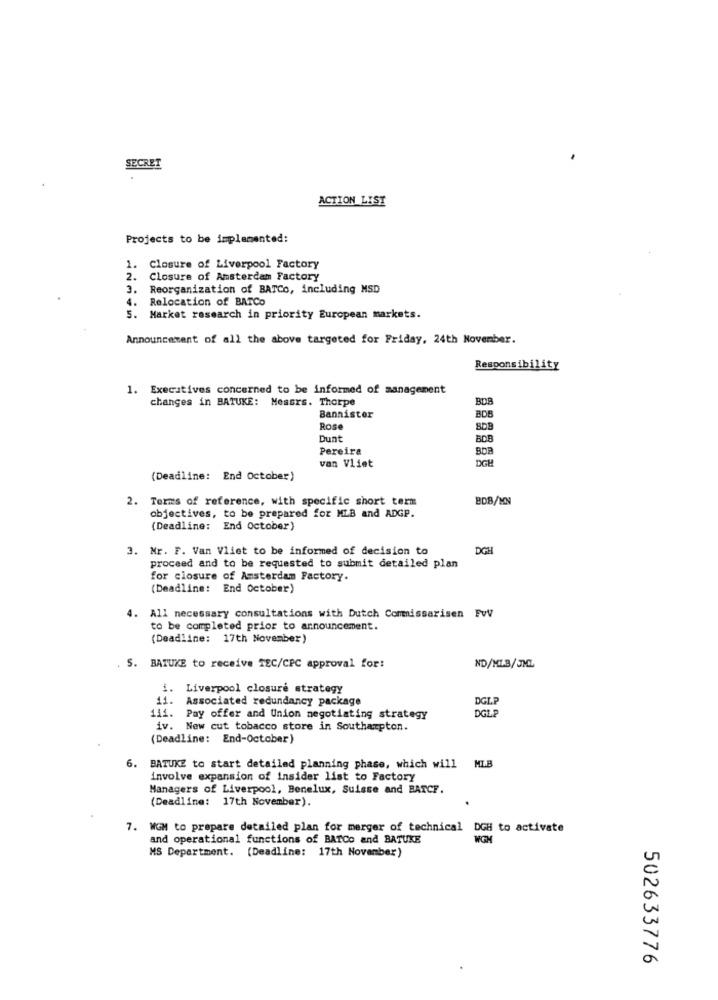
SECRET
ACTION LIST
Projects to be implemented:
1. Closure of Liverpool Factory
2. Closure of Amsterdam Factory
3. Reorganization of BATCo, including MSD
4. Relocation of BATCo
5. Market research in priority European markets.
Announcement of all the above targeted for Friday, 24th November.
Responsibility
1. Executives concerned to be informed of management
changes in BATUKE: Messrs. Thorpe
Bannister
BOB
Rose
Dunt
Pereira
BOB
van Vliet
DGH
(Deadline: End October)
2. Terms of reference, with specific short term
BDB/MN
objectives, to be prepared for MLB and ADGP.
(Deadline: End October)
3. Mr. F. Van Vliet to be informed of decision to
DGH
proceed and to be requested to submit detailed plan
for closure of Amsterdam Factory.
(Deadline: End October)
4.
All necessary consultations with Dutch Commissarisen FvV
to be completed prior to announcement.
(Deadline: 17th November)
S. BATUKE to receive TEC/CPC approval for:
ND/ML-B/5ML
i. Liverpool closure strategy
11. Associated redundancy package
DGLP
OGLP
111. Pay offer and Union negotiating strategy
iv. New cut tobacco store in Southampton.
(Deadline: End-October)
6.
BATUKE to start detailed planning phase, which will MLB
involve expansion of insider list to Factory
Managers of Liverpool, Benelux, Suisse and BATCF.
(Deadline: 17th November).
7. WGM to prepare detailed plan for merger of technical DGH to activate
and operational functions of BATCo and BATUKE
WGM
MS Department. (Deadline: 17th November)
502633776